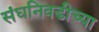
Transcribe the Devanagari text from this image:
संघनिवडीच्या